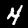
Digit: 4